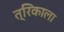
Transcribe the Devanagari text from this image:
त्रिकाला